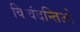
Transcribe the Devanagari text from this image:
किवंदन्तिओ